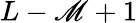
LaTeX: L-\mathscr{M}+1